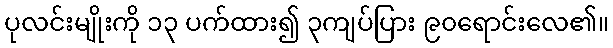
ပုလင်းမျိုးကို ၁၃ ပက်ထား၍ ၃ကျပ်ပြား ၉၀ရောင်းလေ၏။